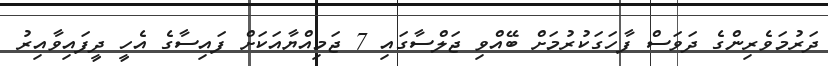
ދަރުމަވެރިންގެ ދަވަސް ފާހަގަކުރުމަށް ބޭއްވި ޖަލްސާގައި 7 ޖަމިއްޔާއަކަށް ފައިސާގެ އެހީ ދީފައިވާއިރު